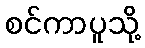
စင်ကာပူသို့